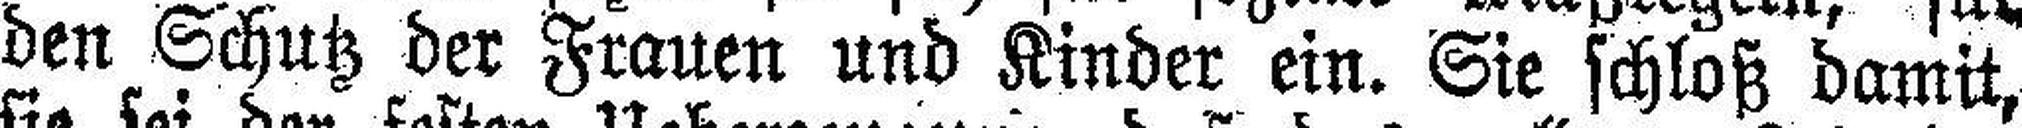
den Schutz der Frauen und Kinder ein. Sie schloß damit,